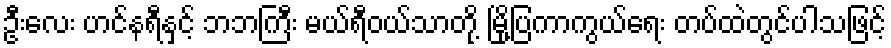
ဦးလေး ဟင်နရီနှင့် ဘဘကြီး မယ်ရီဝယ်သာတို့ မြို့ပြကာကွယ်ရေး တပ်ထဲတွင်ပါသဖြင့်